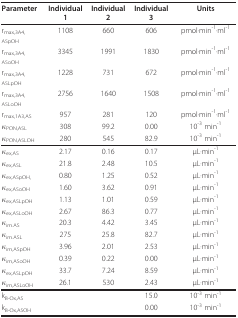
<table><thead><tr><td><b>Parameter</b></td><td><b>Individual 1</b></td><td><b>Individual 2</b></td><td><b>Individual 3</b></td><td><b>Units</b></td></tr></thead><tbody><tr><td>r<sub>max,3A4,ASpOH</sub></td><td>1108</td><td>660</td><td>606</td><td>pmol·min<sup>-1</sup>·ml<sup>-1</sup></td></tr><tr><td>r<sub>max,3A4,ASoOH</sub></td><td>3345</td><td>1991</td><td>1830</td><td>pmol·min<sup>-1</sup>·ml<sup>-1</sup></td></tr><tr><td>r<sub>max,3A4,ASLpOH</sub></td><td>1228</td><td>731</td><td>672</td><td>pmol·min<sup>-1</sup>·ml<sup>-1</sup></td></tr><tr><td>r<sub>max,3A4,ASLoOH</sub></td><td>2756</td><td>1640</td><td>1508</td><td>pmol·min<sup>-1</sup>·ml<sup>-1</sup></td></tr><tr><td>r<sub>max,1A3,AS</sub></td><td>957</td><td>281</td><td>120</td><td>pmol·min<sup>-1</sup>·ml<sup>-1</sup></td></tr><tr><td>κ<sub>PON,ASL</sub></td><td>308</td><td>99.2</td><td>0.00</td><td>10<sup>-3 </sup>min<sup>-1</sup></td></tr><tr><td>κ<sub>PON,ASLOH</sub></td><td>280</td><td>545</td><td>82.9</td><td>10<sup>-3 </sup>min<sup>-1</sup></td></tr><tr><td>κ<sub>ex,AS</sub></td><td>2.17</td><td>0.16</td><td>0.17</td><td>μL·min<sup>-1</sup></td></tr><tr><td>κ<sub>ex,ASL</sub></td><td>21.8</td><td>2.48</td><td>10.5</td><td>μL·min<sup>-1</sup></td></tr><tr><td>κ<sub>ex,ASpOH,</sub></td><td>0.80</td><td>1.25</td><td>0.52</td><td>μL·min<sup>-1</sup></td></tr><tr><td>κ<sub>ex,ASoOH</sub></td><td>1.60</td><td>3.62</td><td>0.91</td><td>μL·min<sup>-1</sup></td></tr><tr><td>κ<sub>ex,ASLpOH</sub></td><td>1.13</td><td>1.01</td><td>0.59</td><td>μL·min<sup>-1</sup></td></tr><tr><td>κ<sub>ex,ASLoOH</sub></td><td>2.67</td><td>86.3</td><td>0.77</td><td>μL·min<sup>-1</sup></td></tr><tr><td>κ<sub>im.AS</sub></td><td>20.3</td><td>4.42</td><td>3.45</td><td>μL·min<sup>-1</sup></td></tr><tr><td>κ<sub>im.ASL</sub></td><td>275</td><td>25.8</td><td>82.7</td><td>μL·min<sup>-1</sup></td></tr><tr><td>κ<sub>im,ASpOH</sub></td><td>3.96</td><td>2.01</td><td>2.53</td><td>μL·min<sup>-1</sup></td></tr><tr><td>κ<sub>im,ASoOH</sub></td><td>0.39</td><td>0.22</td><td>0.00</td><td>μL·min<sup>-1</sup></td></tr><tr><td>κ<sub>ex,ASLpOH</sub></td><td>33.7</td><td>7.24</td><td>8.59</td><td>μL·min<sup>-1</sup></td></tr><tr><td>κ<sub>im,ASLoOH</sub></td><td>26.1</td><td>530</td><td>2.43</td><td>μL·min<sup>-1</sup></td></tr><tr><td>k<sub>B-Ox,AS</sub></td><td></td><td></td><td>15.0</td><td>10<sup>-3 </sup>min<sup>-1</sup></td></tr><tr><td>k<sub>B-Ox,ASOH</sub></td><td></td><td></td><td>0.00</td><td>10<sup>-3 </sup>min<sup>-1</sup></td></tr></tbody></table>